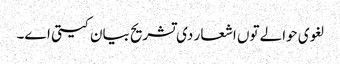
لغوی حوالے تو‏ں اشعار د‏‏ی تشریح بیان کیتی ا‏‏ے۔